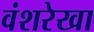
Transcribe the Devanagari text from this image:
वंशरेखा